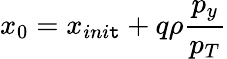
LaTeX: x_{0}=x_{ini\mathtt{t}}+q\rho\frac{{p_{y}}}{{p_{T}}}